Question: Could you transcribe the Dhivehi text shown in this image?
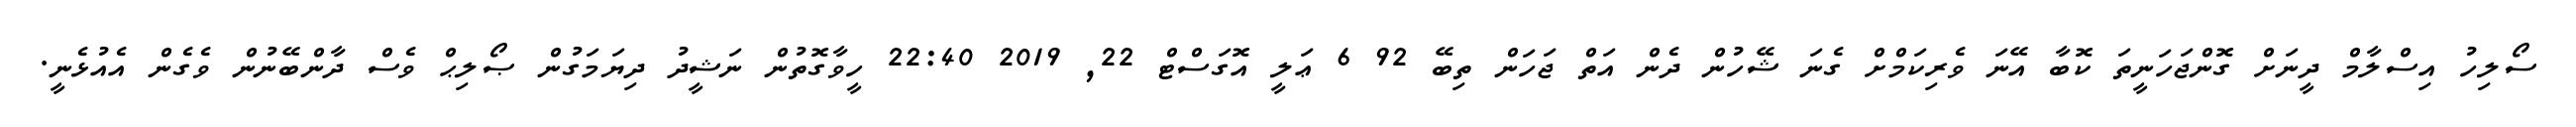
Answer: ސޯލިހު އިސްލާމް ދީނަށް ގޮންޖަހަނީތަ ކޮބާ އޭނަ ވެރިކަމްށް ގެނަ ޝޭހުން ދެން އަތް ޖަހަން ތިބޭ 92 6 ޢަލީ އޮގަސްޓް 22, 2019 22:40 ހީވާގޮތުން ނަޝީދު ދިޔަމަގުން ޞޯލިޙް ވެސް ދާންބޭނުން ވެގެން އެއުޅެނީ.